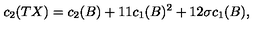
c _ { 2 } ( T X ) = c _ { 2 } ( B ) + 1 1 c _ { 1 } ( B ) ^ { 2 } + 1 2 \sigma c _ { 1 } ( B ) ,